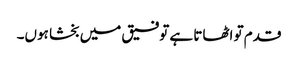
قدم تو اٹھاتا ہے توفیق میں بخشا ہوں۔